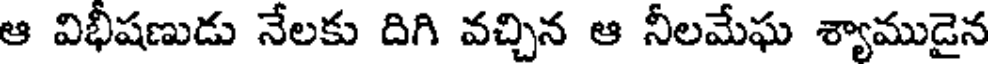
ఆ విభీషణుడు నేలకు దిగి వచ్చిన ఆ నీలమేఘ శ్యాముడైన